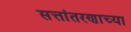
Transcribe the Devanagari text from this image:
सत्तांतरणाच्या